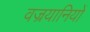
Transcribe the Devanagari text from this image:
वज्रयानियों